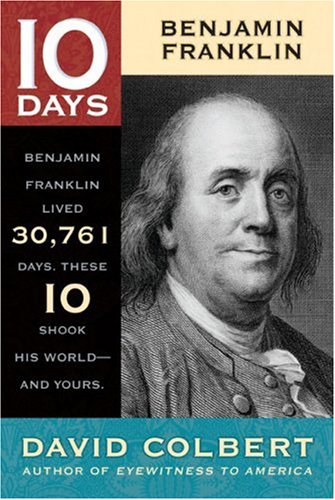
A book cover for Benjamin Franklin (10 Days); David Colbert; Children's Books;